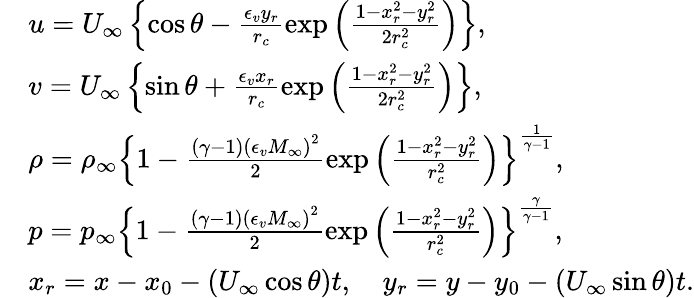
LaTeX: \begin{array}{rl}&{u=U_{\infty}\left\{ \cos\theta-\frac{\epsilon_{v}y_{r}}{r_{c}}\exp\left(\frac{1-x_{r}^{2}-y_{r}^{2}}{2r_{c}^{2}}\right)\right\} ,}\\ &{v=U_{\infty}\left\{ \sin\theta+\frac{\epsilon_{v}x_{r}}{r_{c}}\exp\left(\frac{1-x_{r}^{2}-y_{r}^{2}}{2r_{c}^{2}}\right)\right\} ,}\\ &{\rho=\rho_{\infty}\left\{ 1-\frac{(\gamma-1)\left(\epsilon_{v}M_{\infty}\right)^{2}}{2}\exp\left(\frac{1-x_{r}^{2}-y_{r}^{2}}{r_{c}^{2}}\right)\right\} ^{\frac{1}{\gamma-1}},}\\ &{p=p_{\infty}\left\{ 1-\frac{(\gamma-1)\left(\epsilon_{v}M_{\infty}\right)^{2}}{2}\exp\left(\frac{1-x_{r}^{2}-y_{r}^{2}}{r_{c}^{2}}\right)\right\} ^{\frac{\gamma}{\gamma-1}},}\\ &{x_{r}=x-x_{0}-(U_{\infty}\cos\theta)t,\quad y_{r}=y-y_{0}-(U_{\infty}\sin\theta)t.}\end{array}